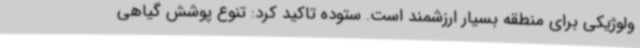
ولوژیکی برای منطقه بسیار ارزشمند است. ستوده تاکید کرد: تنوع پوشش گیاهی